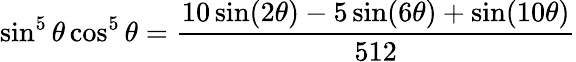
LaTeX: \sin^{5}\theta\cos^{5}\theta={\frac{10\sin(2\theta)-5\sin(6\theta)+\sin(10\theta)}{512}}